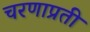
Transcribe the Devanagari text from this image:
चरणाप्रती